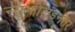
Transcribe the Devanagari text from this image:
न्यूझीलंडनंतर